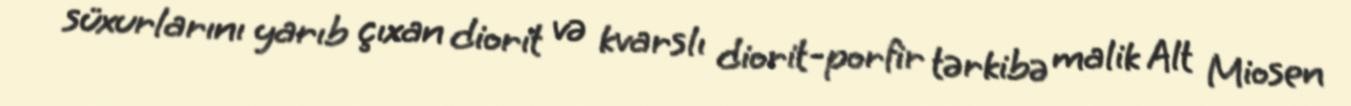
süxurlarını yarıb çıxan diorit və kvarslı diorit-porfir tərkibə malik Alt Miosen